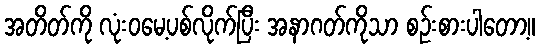
အတိတ်ကို လုံးဝမေ့ပစ်လိုက်ပြီး အနာဂတ်ကိုသာ စဉ်းစားပါတော့။